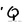
Character: Q